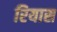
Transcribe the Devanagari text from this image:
रियास